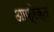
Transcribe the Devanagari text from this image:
आफ्रेक्त